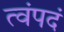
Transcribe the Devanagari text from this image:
त्वंपदं